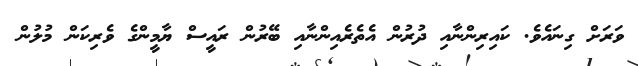
ވަރަށް ގިނައެވެ. ކައިރިންނާއި ދުރުން އެތެރެއިންނާއި ބޭރުން ރައީސް ޔާމީންގެ ވެރިކަން މުލުން